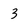
Character: 3